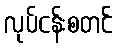
လုပ်ငန်းစတင်